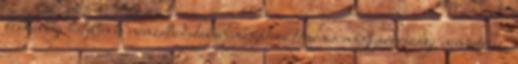
lelkileg, hitében és nemzettudatában magához térjen a magyarországi nemzetrész,